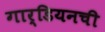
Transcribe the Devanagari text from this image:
गार्डियनची